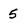
Character: 5